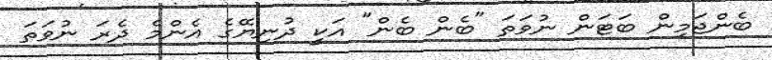
ބެންޖަމިން ބަޓަން ނުވަތަ "ބެން ބެން" އަކީ ދުނިޔޭގެ އެންމެ ދެރަ ނުވަތަ